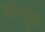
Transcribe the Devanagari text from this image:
संस्कृ